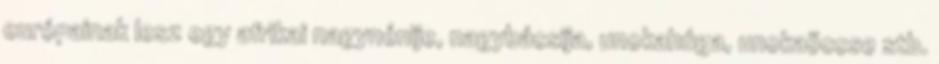
európainak lesz egy afrikai nagynénije, nagybácsija, unokahúga, unokaöccse stb.